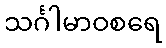
သင်္ဂါမာဝစရေ